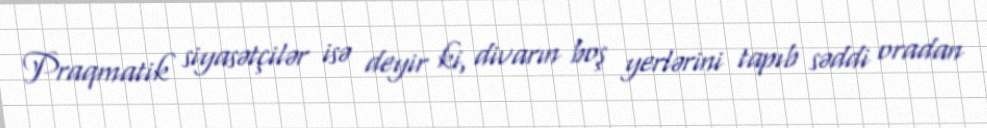
Praqmatik siyasətçilər isə deyir ki, divarın boş yerlərini tapıb səddi oradan